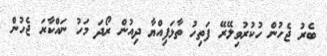
ބެރު ޖެހުން ހުކުރުވިލޭރޭ ފަތިހު ތާޅަފިއްޔާ ދިއުން ރޯދަ މަހު ނައްކާރަ ޖެހުން